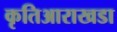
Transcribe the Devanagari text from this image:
कृतिआराखडा